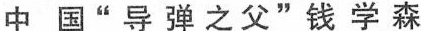
中国”导弹之父”钱学森